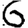
Digit: 6